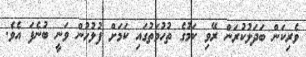
ވެރިކަން ބަދަލުކުރަން ރޭވި ކަމުގެ ތުހުމަތުގައި ކަމަށް ފުލުހުން ވަނީ ބުނެފަ އެވެ.